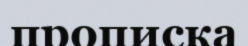
прописка